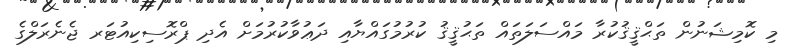
މި ކޮމިޝަނުން ތަޙްޤީޤުކުރާ މައްސަލަތައް ތަޙުޤީޤު ކުރުމުގައްޔާއި ދަޢުވާކުރުމަށް އެދި ޕްރޮސިކިއުޓަރ ޖެނެރަލްގެ